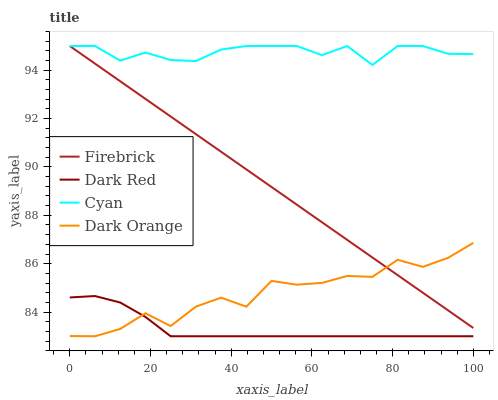
| xaxis_label | Firebrick | Dark Red | Cyan | Dark Orange |
 | --- | --- | --- | --- | --- |
 | 0 | 95 | 84.6 | 95 | 83 |
 | 6.25 | 94.3 | 84.7 | 95 | 83 |
 | 12.5 | 93.5 | 84.4 | 94.4 | 83.3 |
 | 18.8 | 92.8 | 83.8 | 94.7 | 84 |
 | 25 | 92.1 | 83 | 94.4 | 83.4 |
 | 31.2 | 91.4 | 83 | 94.4 | 84.2 |
 | 37.5 | 90.6 | 83 | 94.9 | 84.6 |
 | 43.8 | 89.9 | 83 | 95 | 84.2 |
 | 50 | 89.2 | 83 | 95 | 85.3 |
 | 56.2 | 88.4 | 83 | 95 | 85.1 |
 | 62.5 | 87.7 | 83 | 94.6 | 85.2 |
 | 68.8 | 87 | 83 | 95 | 85.5 |
 | 75 | 86.3 | 83 | 94.2 | 85.5 |
 | 81.2 | 85.5 | 83 | 95 | 86.2 |
 | 87.5 | 84.8 | 83 | 95 | 85.9 |
 | 93.8 | 84.1 | 83 | 94.7 | 86.2 |
 | 100 | 83.3 | 83 | 94.7 | 86.9 |